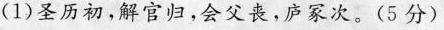
(1)圣历初，解官归，会父丧，庐冢次。(5分)